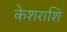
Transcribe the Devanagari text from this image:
केशराशि